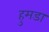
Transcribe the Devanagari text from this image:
हुमडा